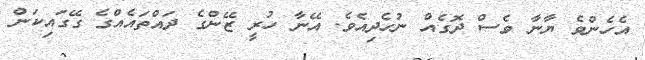
އެހެންވެ ޔާނާ ވެސް ދޮގެއް ނުހެދިއެވެ. އޭނާ ހުރީ ޒޭންގެ ދައްތައެއްގެ ގޭގައިކަން